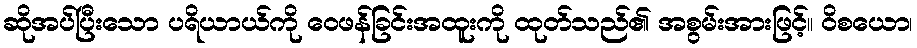
ဆိုအပ်ပြီးသော ပရိယာယ်ကို ဝေဖန်ခြင်းအထူးကို ထုတ်သည်၏ အစွမ်းအားဖြင့်။ ဝိစယော၊